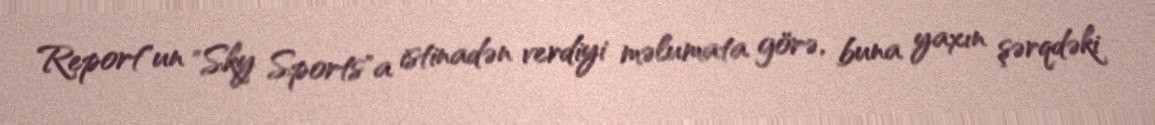
Report"un "Sky Sports"a istinadən verdiyi məlumata görə, buna yaxın şərqdəki